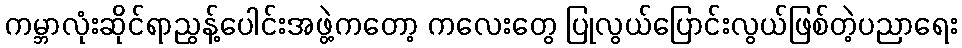
ကမ္ဘာလုံးဆိုင်ရာညွန့်ပေါင်းအဖွဲ့ကတော့ ကလေးတွေ ပြုလွယ်ပြောင်းလွယ်ဖြစ်တဲ့ပညာရေး